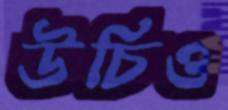
উচিও